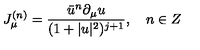
J _ { \mu } ^ { ( n ) } = \frac { \bar { u } ^ { n } \partial _ { \mu } u } { ( 1 + | u | ^ { 2 } ) ^ { j + 1 } } , \quad n \in Z